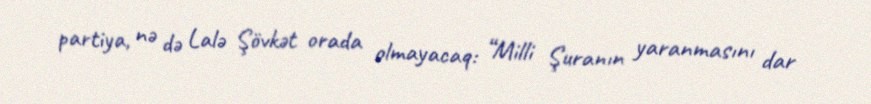
partiya, nə də Lalə Şövkət orada olmayacaq: “Milli Şuranın yaranmasını dar